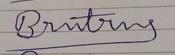
Signature authenticity: forged